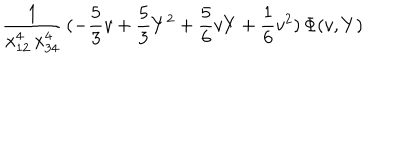
LaTeX: \frac { 1 } { x _ { 1 2 } ^ { 4 } \, x _ { 3 4 } ^ { 4 } } \, ( - \frac { 5 } { 3 } v + \frac { 5 } { 3 } Y ^ { 2 } + \frac { 5 } { 6 } v Y + \frac { 1 } { 6 } v ^ { 2 } ) \, \Phi ( v , Y )